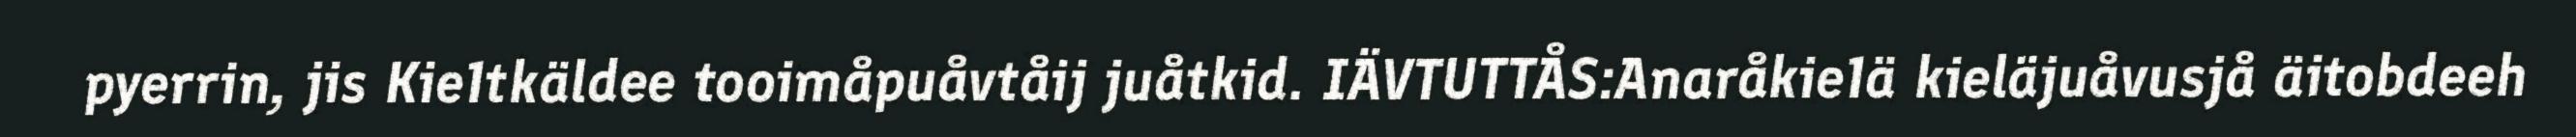
pyerrin, jis Kie1tkäldee tooimåpuåvtåij juåtkid. IÄVTUTTÅS:Anaråkie1ä kieläjuåvusjå äitobdeeh